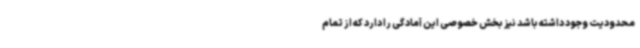
محدودیت وجود داشته باشد نیز بخش خصوصی این آمادگی را دارد که از تمام